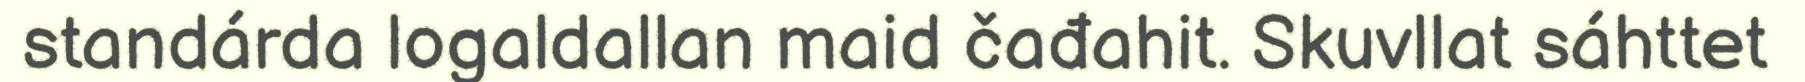
standárda logaldallan maid čađahit. Skuvllat sáhttet